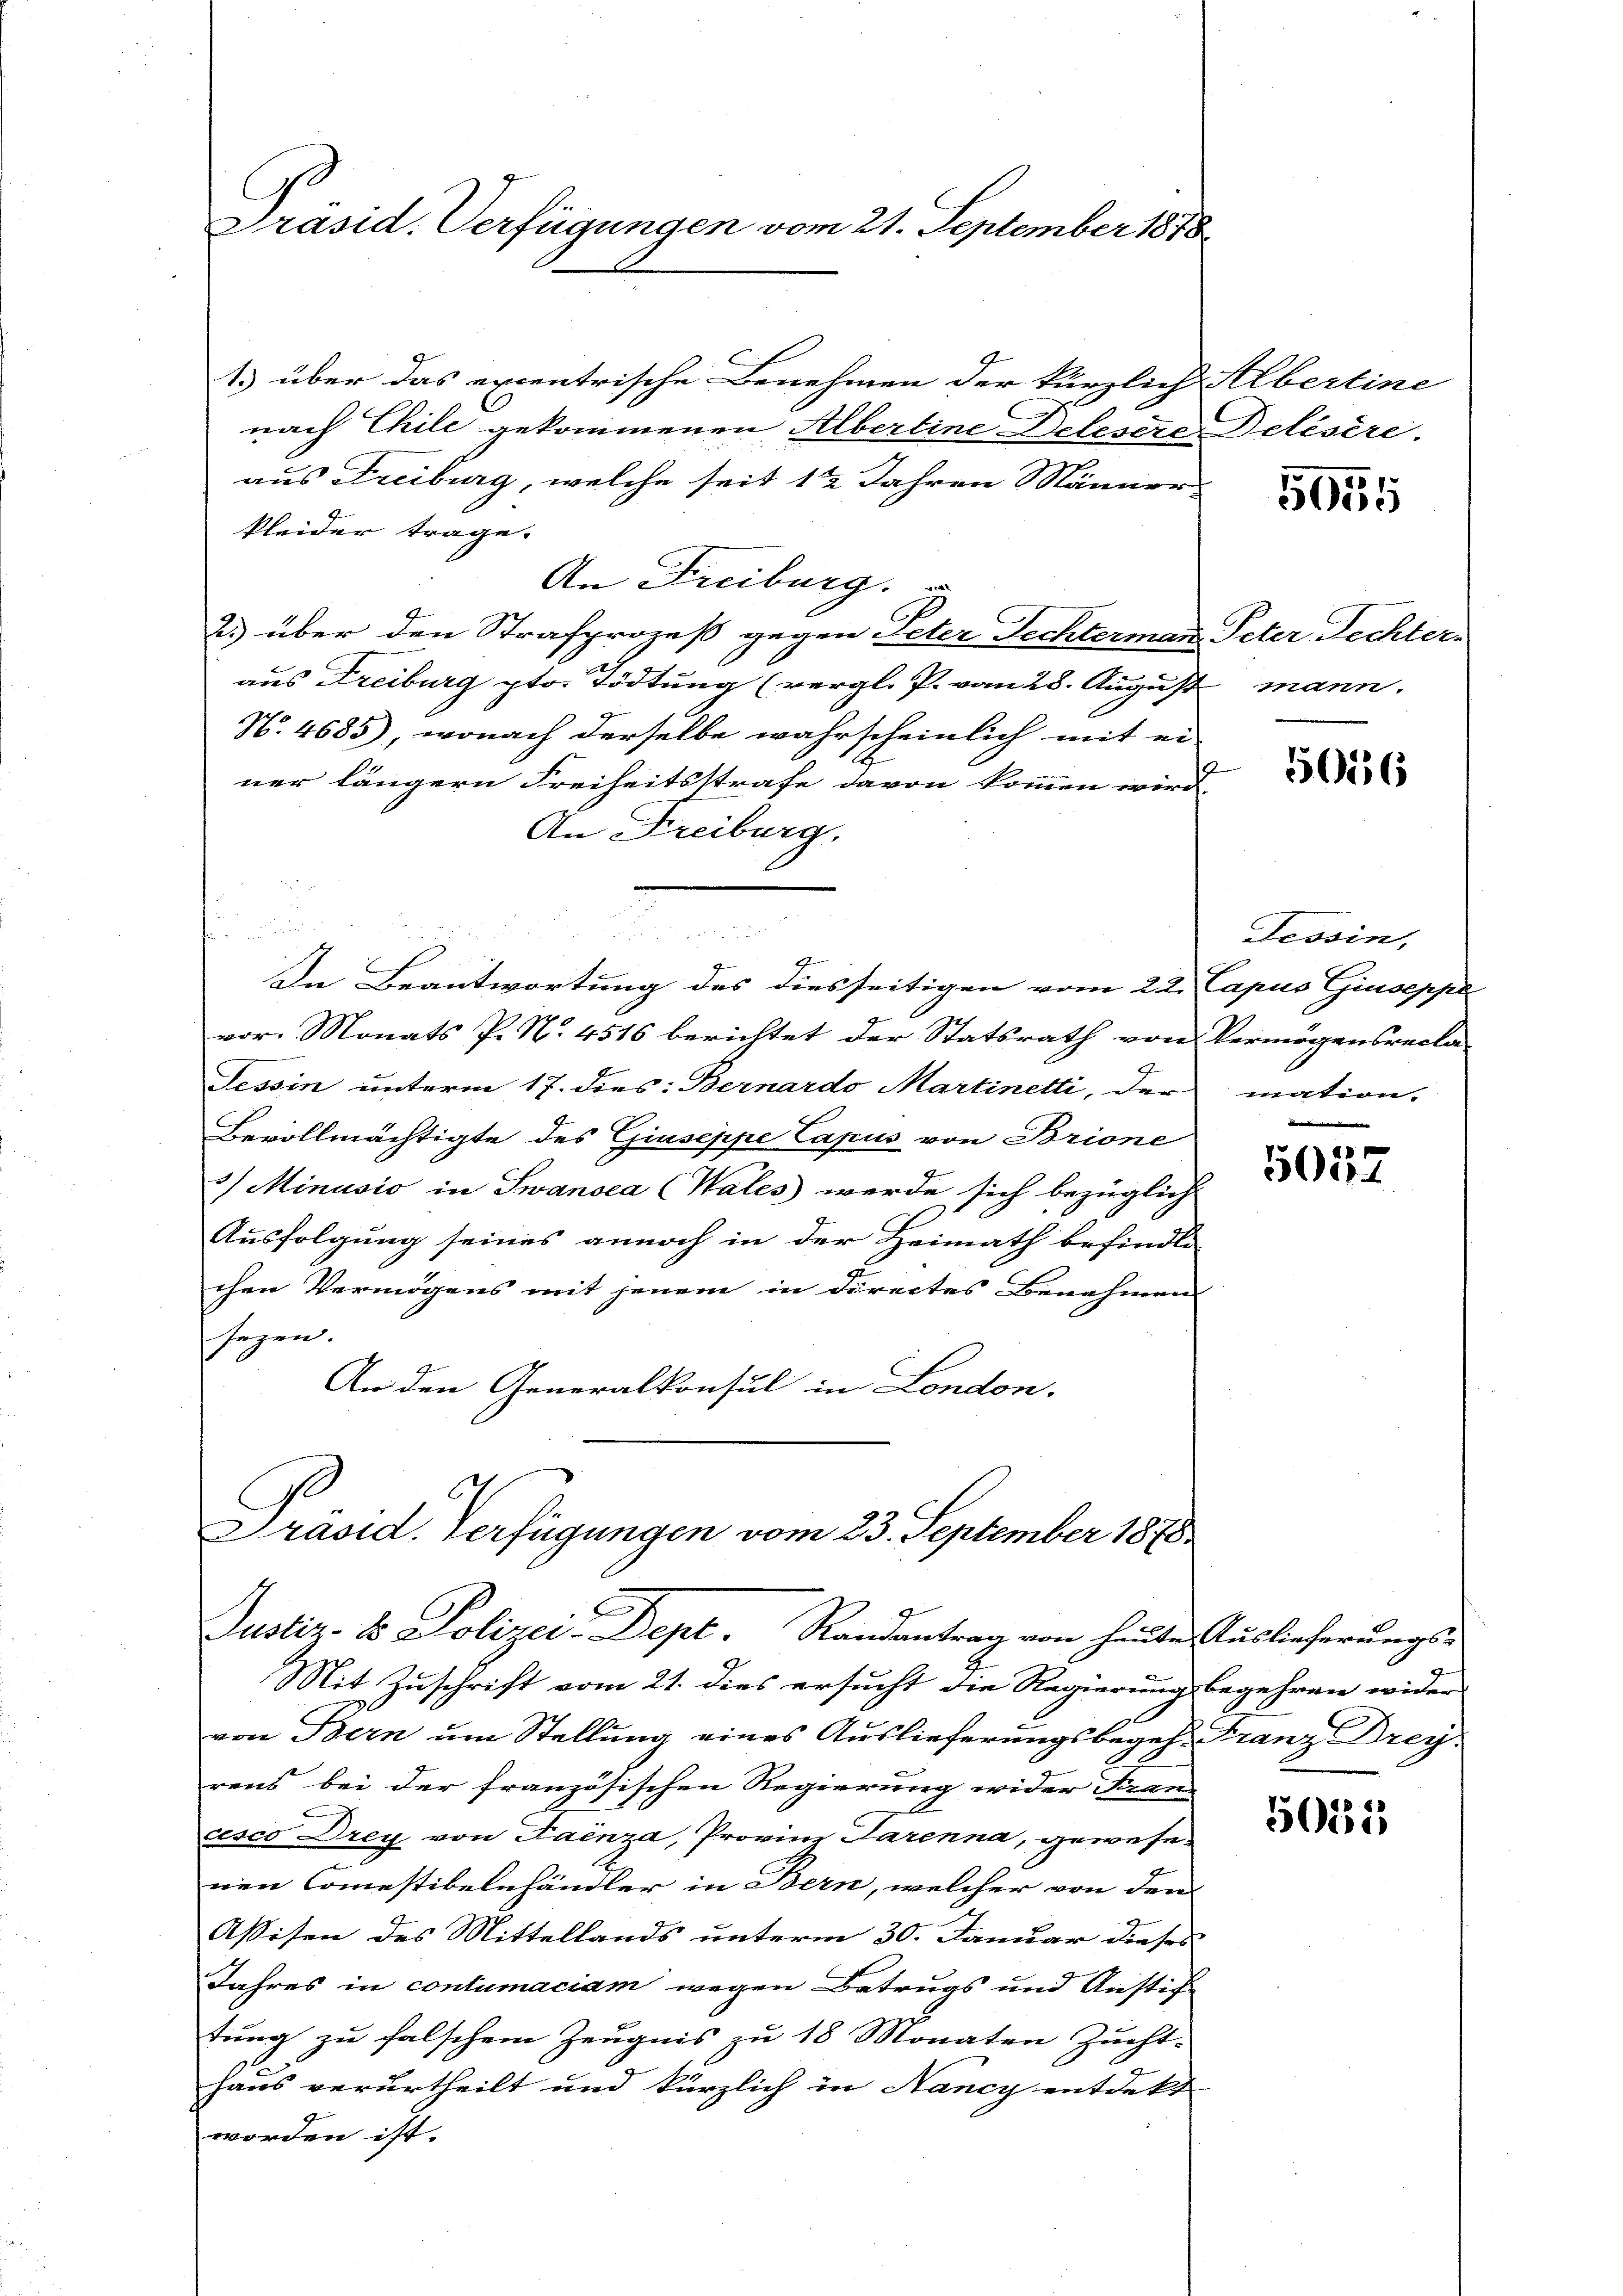
Präsid. Verfügungen vom 21. September 1878

1.) über das excentrische Benehmen der kürzlich Albertine
nach Chile gekommenen Albertine Delesere Delisere.
aus Freiburg, welche seit 1 2 Jahren Männer
kleider trage.
An Freiburg.
2) über den Strafprozeß gegen Peter Fechtermann Peter, Fechter-
aus Freiburg pto Tödtung (vergl. P. vom 28. August mann.
No. 4685), wonach derselbe wahrscheinlich mit ei-
1
ner längern Freiheitsstrafe davon kommen wird.
An Freiburg.
f
d
9
In Beantwortung des diesseitigen vom 22. Capus Giuseppe
vor. Monats P. N. 4516 berichtet der Statsrath von Vermögensrecla-
Tessin unterm 17. dies: Bernardo Martinetti, der mation.
Bevollmächtigte des Giuseppe Capis von Brione
2) Minusio in Swansea (Wales werde sich bezüglich
Ausfolgung seines annoch in der Heimath befindli
chen Vermögens mit jenem in Directes Benehmen
sezen.
An den Generalkonsul in London.

C
Präsid. Verfügungen vom 23. September 1878
Justiz- & Polizei-Dept. Randantrag von heute Auslieferungs-

Mit Zuschrift vom 21. dies ersucht die Regierung begehren wider
von Bern um Stellung eines Auslieferungsbegeh. Franz Drey-
rens bei der französischen Regierung wider Fran-
cesco Drey von Faenza, Provinz Parenna, gewesenen Comestibelnhändler in Bern, welcher von den
Aßisen des Mittellands unterm 30. Januar dieses
Jahres in contumaciam wegen Betrugs und Austif
tung zu falschem Zeugnis zu 18 Monaten Zucht-
haus verurtheilt und kürzlich in Nancy entdekt
worden ist.

5055

56556

Tessin,

5057

5011